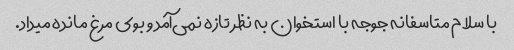
با سلام متاسفانه جوجه با استخوان به نظر تازه نمی‌آمد و بوی مرغ مانده میداد.